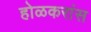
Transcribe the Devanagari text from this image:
होळकरांस